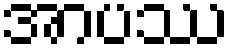
အာပဿ